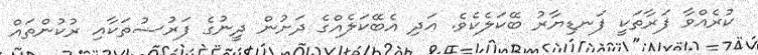
ކުރެއްވާ ފަރާތަކީ ފަނޑިޔާރު ބޭކަލެކެވެ. އަދި އެބޭކަލެއްގެ ދަށުން ދީނުގެ ފަރުޟުތަކާއި ރުކުންތައް